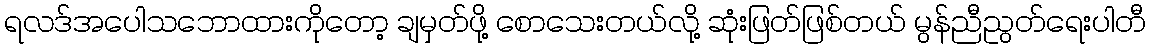
ရလဒ်အပေါသဘောထားကိုတော့ ချမှတ်ဖို့ စောသေးတယ်လို့ ဆုံးဖြတ်ဖြစ်တယ် မွန်ညီညွတ်ရေးပါတီ